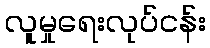
လူမှုရေးလုပ်ငန်း